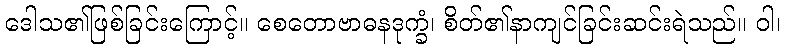
ဒေါသ၏ဖြစ်ခြင်းကြောင့်။ စေတောဗာဓနဒုက္ခံ၊ စိတ်၏နာကျင်ခြင်းဆင်းရဲသည်။ ဝါ၊